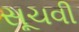
સૂચવી